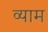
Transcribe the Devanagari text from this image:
व्याम